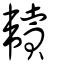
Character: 韥